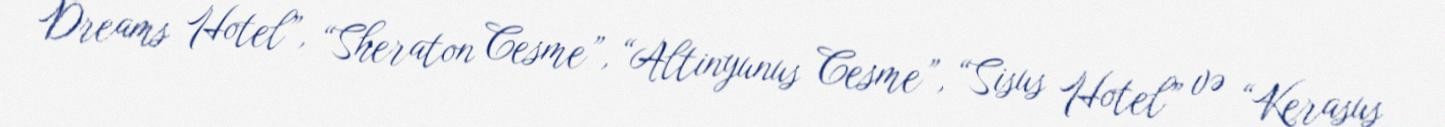
Dreams Hotel”, “Sheraton Cesme”, “Altinyunus Cesme”, “Sisus Hotel” və “Kerasus